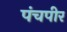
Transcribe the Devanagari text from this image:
पंचपीर